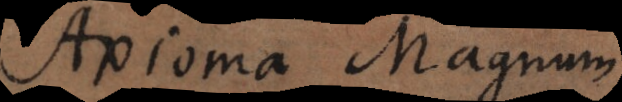
Axioma Magnum